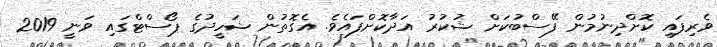
ވެރިފައި ކޮށްދިނުމުން ފޭސްބުކަށް ޝުކުރު އަދާކޮށްފައެވެ. އެގޮތުން ޝަހީދުގެ ޕޯސްޓްގައި ވަނީ 2019